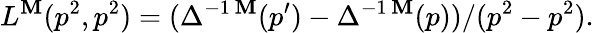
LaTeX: L^{\mathbf{M}}(p^{2},p^{2})=(\Delta^{-1\, \mathbf{M}}(p^{\prime})-\Delta^{-1\, \mathbf{M}}(p))/(p^{2}-p^{2}).